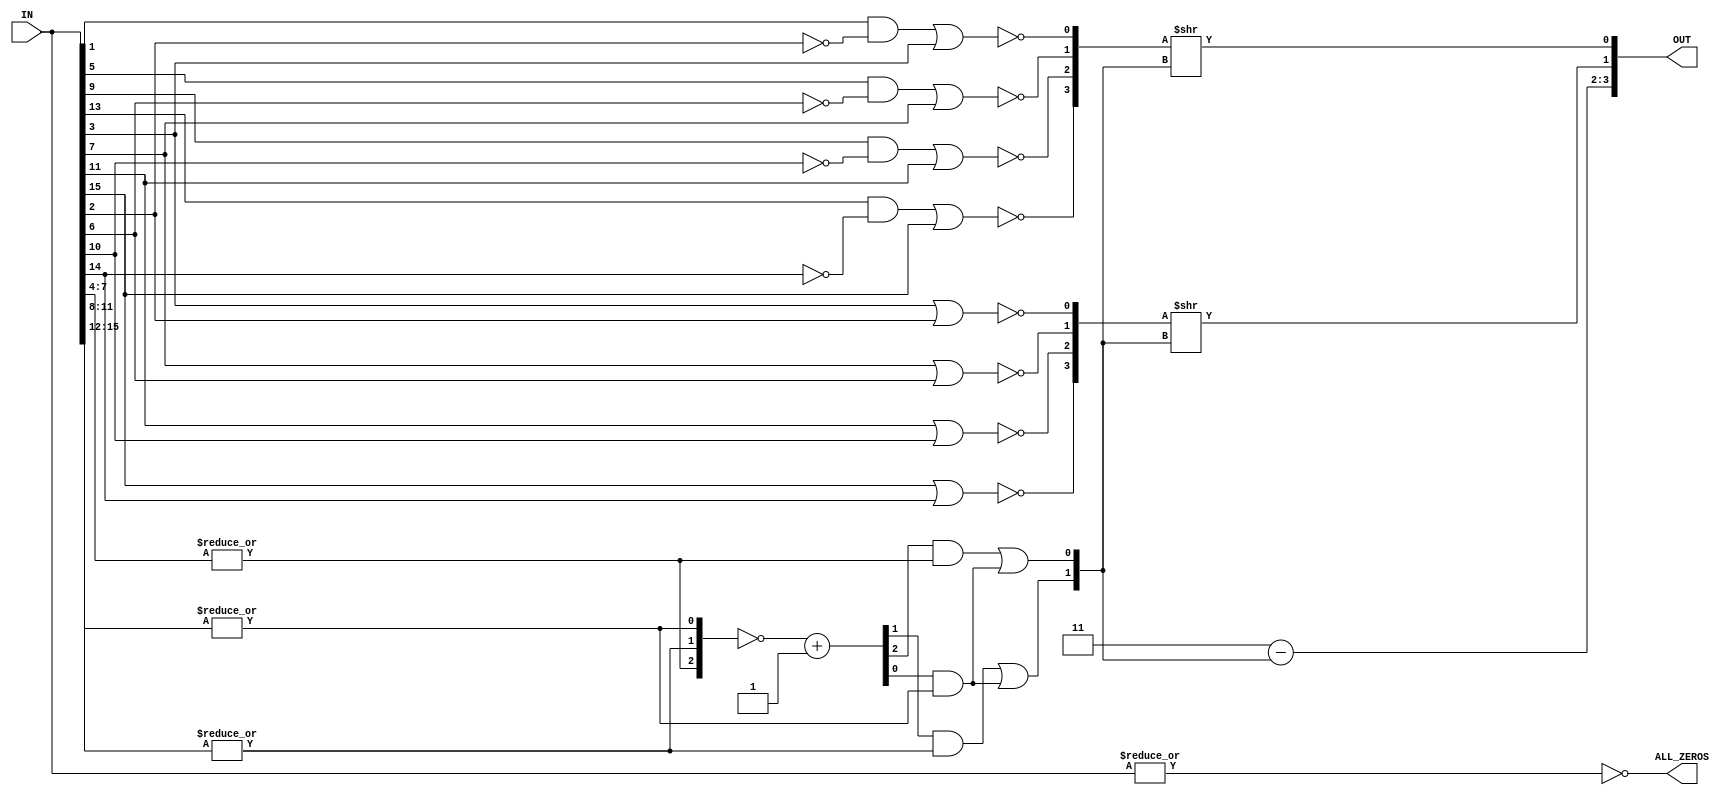
`timescale 1ns / 1ps
//////////////////////////////////////////////////////////////////////////////////
// Company: 
// Engineer: 
// 
// Design Name: 
// Module Name: leading_one_detector
// Project Name: 
// Target Devices: 
// Tool Versions: 
// Description: 
// 
// Dependencies: 
// 
// Revision:
// Revision 0.01 - File Created
// Additional Comments:
// 
//////////////////////////////////////////////////////////////////////////////////


module leading_one_detector
#(
  parameter C_FXP_WIDTH     = 16,
  parameter C_LOD_OUT_WIDTH = $clog2(C_FXP_WIDTH)
)(
  input [C_FXP_WIDTH-1:0]       IN,
  output [C_LOD_OUT_WIDTH-1:0]  OUT,
  output                        ALL_ZEROS
);
//----------------------------------------------
//-- Local Parameters Definitions
//----------------------------------------------
// Nibble Width = 4-bit
localparam C_NIBBLE_WIDTH   = 4;
// NOR Gate Network Repeats
localparam C_NOR_REPEATS    = C_FXP_WIDTH / C_NIBBLE_WIDTH;
// 
localparam C_POS_WIDTH      = $clog2(C_NOR_REPEATS);
//
localparam C_SUB_VAL        = C_NOR_REPEATS - 1;

//----------------------------------------------
//-- Signals Definition
//----------------------------------------------
wire [C_NOR_REPEATS-1:0]  reduction,
                          inv_reduction,
                          first_one,
                          z0_vector,
                          z1_vector,
                          lead_zeros;
wire [C_POS_WIDTH-1:0]    encoder,
                          last_zero;
wire                      z0,
                          z1;

//----------------------------------------------
//-- Behavioral
//----------------------------------------------
//-- 
genvar  gi;
for (gi=0; gi<C_NOR_REPEATS; gi=gi+1) begin : gen_nor_reduction
    assign reduction[C_NOR_REPEATS-gi-1]  = |IN[C_NIBBLE_WIDTH*(gi+1)-1:C_NIBBLE_WIDTH*gi];
    assign first_one[C_NOR_REPEATS-gi-1]  = inv_reduction[gi] & reduction[gi];
    assign z0_vector[gi]                  = ~((IN[C_NIBBLE_WIDTH*gi+1] && ~IN[C_NIBBLE_WIDTH*gi+2]) || IN[C_NIBBLE_WIDTH*gi+3]);
    assign z1_vector[gi]                  = ~(IN[C_NIBBLE_WIDTH*gi+3] || IN[C_NIBBLE_WIDTH*gi+2]);
  end
  
//-- Parametrized DECODER
generate
//  if (C_NOR_REPEATS == 3) begin
  
//  end
  if (C_NOR_REPEATS == 4) begin
    assign encoder[0] = first_one[1] | first_one[3];
    assign encoder[1] = first_one[2] | first_one[3];
  end
  if (C_NOR_REPEATS == 5) begin
    assign encoder[0] = first_one[1] | first_one[3];
    assign encoder[1] = first_one[2] | first_one[3];
    assign encoder[2] = first_one[4];
  end
endgenerate

assign last_zero      = C_SUB_VAL - encoder;
assign inv_reduction  = ~reduction + {{C_NOR_REPEATS-1{1'b0}},1'b1};  
assign ALL_ZEROS      = ~|reduction;
assign z0             = z0_vector >> encoder;
assign z1             = z1_vector >> encoder;
assign lead_zeros     = {last_zero,z1,z0};

//assign OUT = C_FXP_WIDTH - lead_zeros; // Actual value
assign OUT            = lead_zeros; // For conversor shiftin application


endmodule